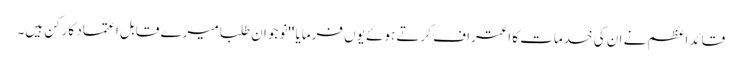
قائد اعظم نے ان کی خدمات کا اعتراف کرتے ہوئے یوں فرمایا ''نوجوان طلبا میرے قابل اعتماد کارکن ہیں۔